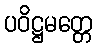
ပဝိဋ္ဌမတ္တေ